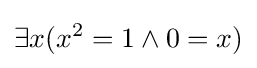
\exists x(x^{2}=1\land 0=x)